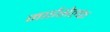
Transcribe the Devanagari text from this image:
माईसेल्फ